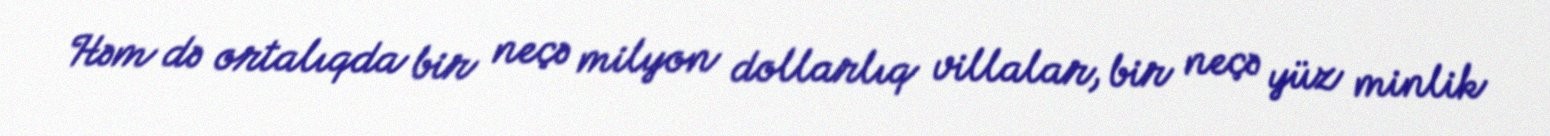
Həm də ortalıqda bir neçə milyon dollarlıq villalar, bir neçə yüz minlik